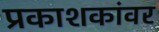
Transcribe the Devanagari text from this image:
प्रकाशकांवर